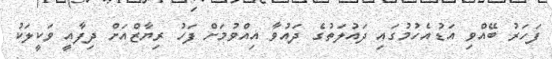
ފަހަރު ބޭއްވި އަޑުއެހުމުގައި ދައުލަތުގެ ދައުވާ އިއްވުމަށް ފަހު ރިޔާޒްއަށް ދިފާއީ ވަކީލަކު